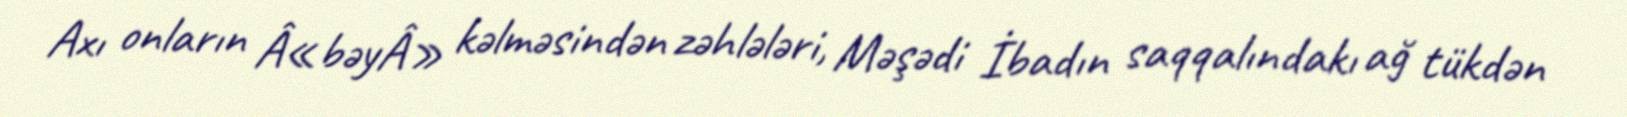
Axı onların Â«bəyÂ» kəlməsindən zəhlələri, Məşədi İbadın saqqalındakı ağ tükdən